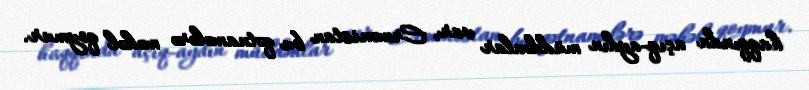
haqqında açıq-aydın müddəalar var, Ermənistan bu qətnamələrə məhəl qoymur.